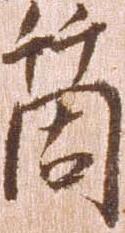
箇